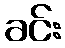
ခင်း